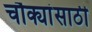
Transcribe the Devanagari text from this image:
चौक्यांसाठी